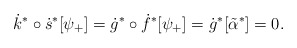
\begin{align*}\dot{k}^*\circ\dot{s}^*[\psi_+]= \dot{g}^*\circ\dot{f}^*[\psi_+]= \dot{g}^*[\tilde{\alpha}^*]= 0 .\end{align*}